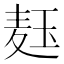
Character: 𬍞